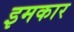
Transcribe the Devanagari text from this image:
इमकार